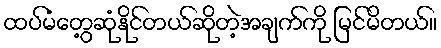
ထပ်မံတွေ့ဆုံနိုင်တယ်ဆိုတဲ့အချက်ကို မြင်မိတယ်။